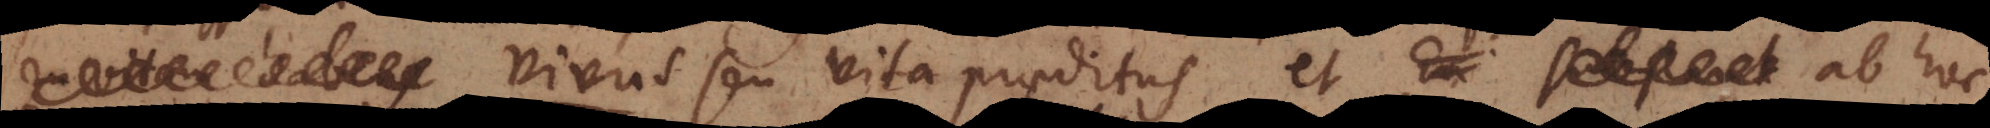
vivus seu vita praeditus, et ab hoc